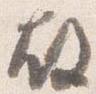
故